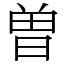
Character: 曽